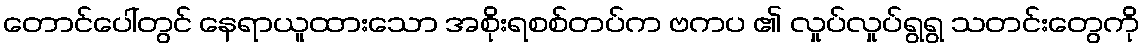
တောင်ပေါ်တွင် နေရာယူထားသော အစိုးရစစ်တပ်က ဗကပ ၏ လှုပ်လှုပ်ရွရွ သတင်းတွေကို